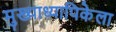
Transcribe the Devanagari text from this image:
मुख्याध्यापिकेला